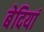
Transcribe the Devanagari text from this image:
बेदियां